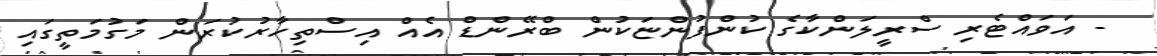
- އަވައްޓެރި ސްރީލަންކާގެ ކުންފުންޏަކުން ބްރޭންޑް އެއް އިސްތިހާރުކުރަން މަގުމަތީގައި